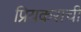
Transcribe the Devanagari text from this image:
प्रियकराची